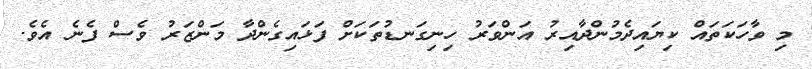
މި ވާހަކަތައް ކިޔައިދެމުންދާއިރު އަންވަރު ހިނިގަނޑުތަކަށް ފަޅައިގެންދާ މަންޒަރު ވެސް ފެނެ އެވެ.